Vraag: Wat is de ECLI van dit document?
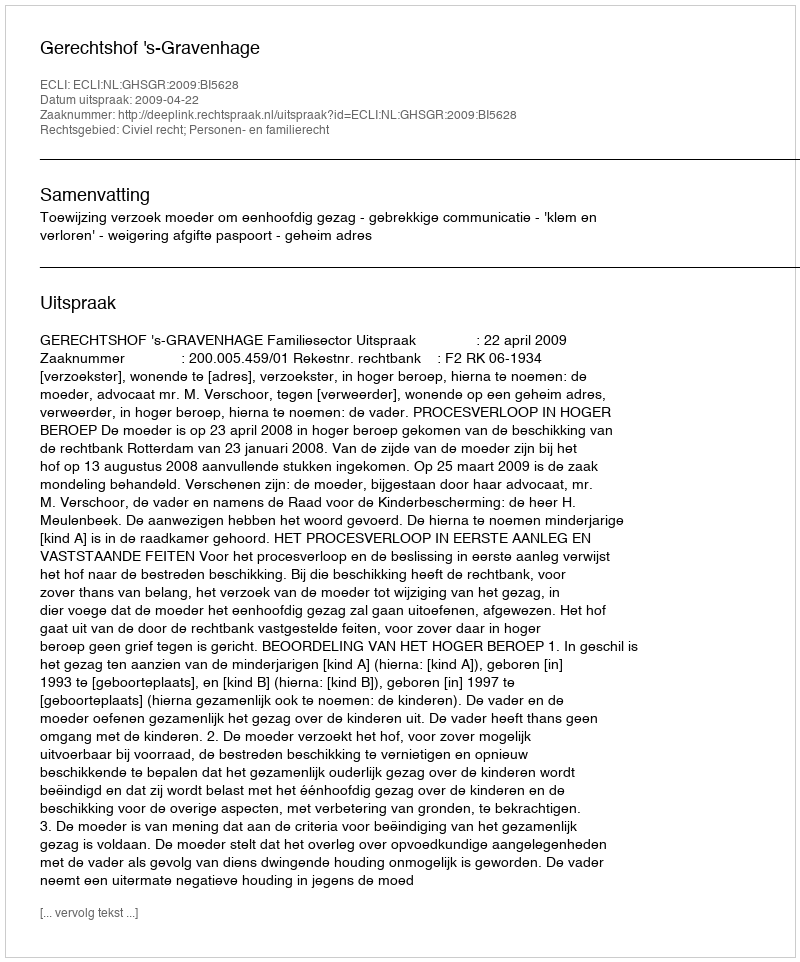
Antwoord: ECLI:NL:GHSGR:2009:BI5628